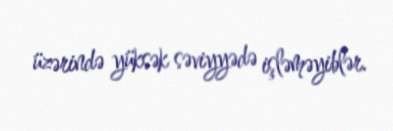
üzərində yüksək səviyyədə işləməyiblər.